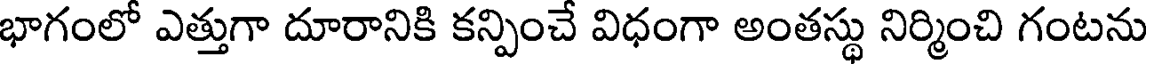
భాగంలో ఎత్తుగా దూరానికి కన్పించే విధంగా అంతస్థు నిర్మించి గంటను